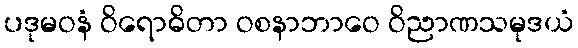
ပဒုမဝနံ ဝိရောဓိတာ ဝစနာဘာဝေ ဝိညာဏသမုဒယံ